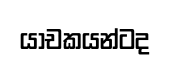
යාචකයන්ටද